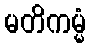
မတိကမ္မံ